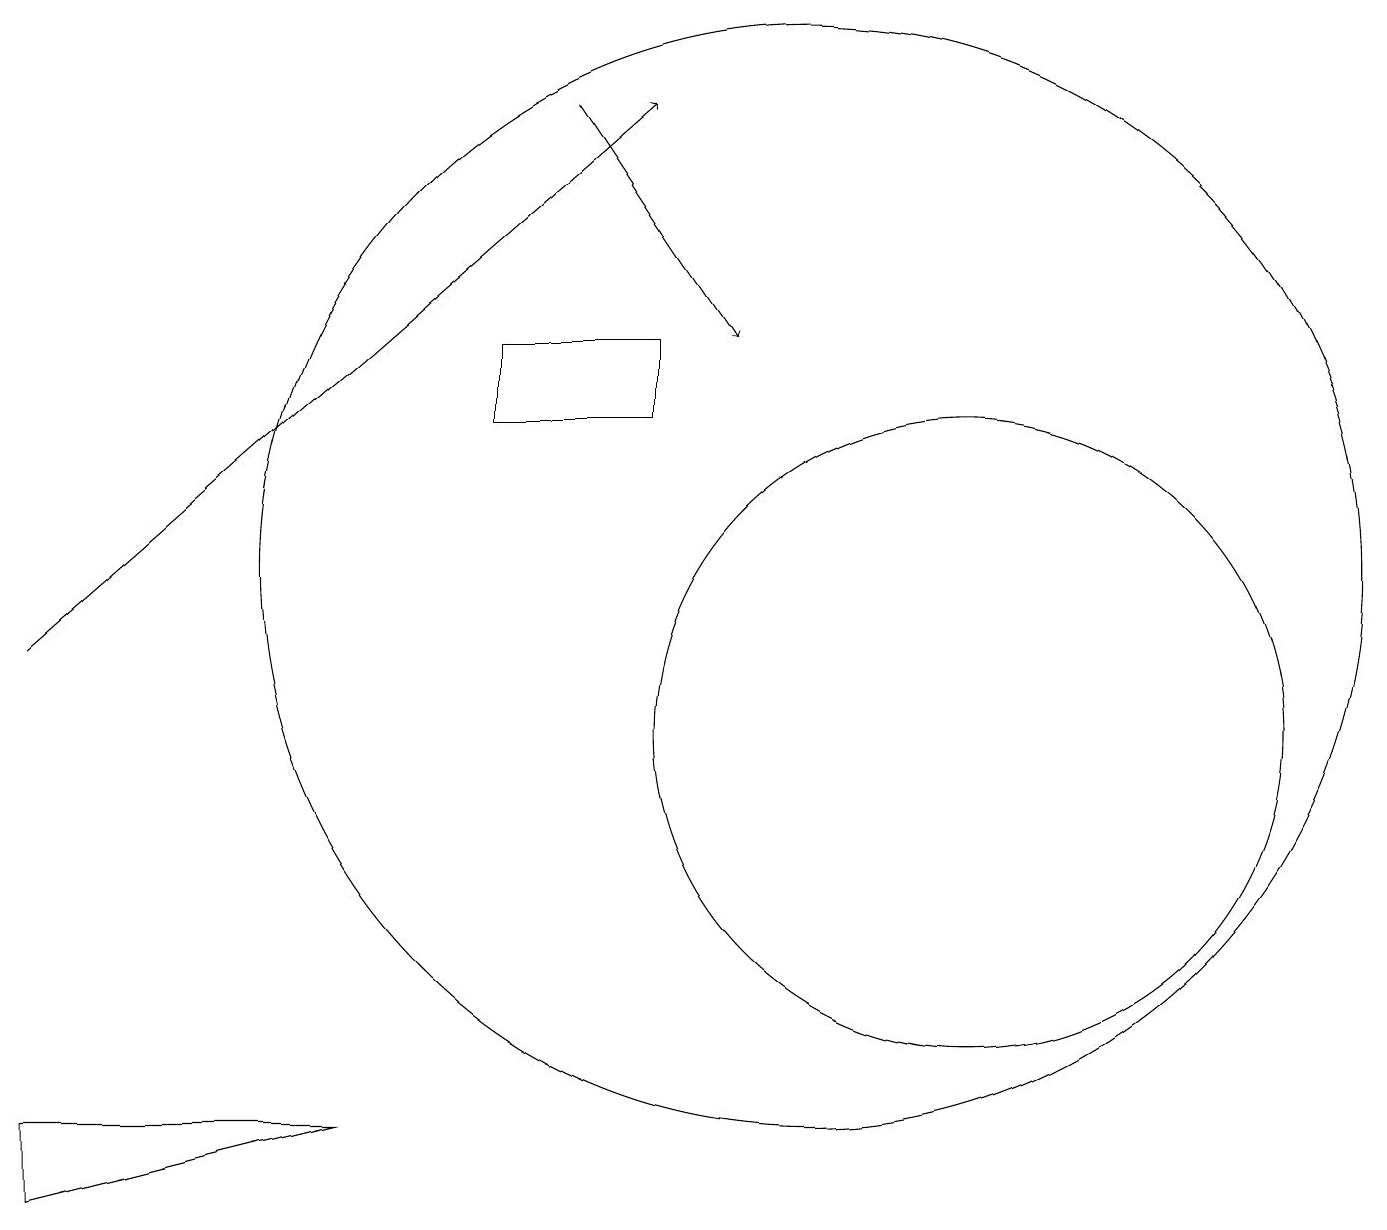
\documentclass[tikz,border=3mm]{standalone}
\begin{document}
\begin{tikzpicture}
\draw (0,4) -- (4,5) -- (0,5) -- cycle;
\draw (12,10) circle (4);
\draw (6,15) rectangle (8,14);
\draw[->] (7,18) -- (9,15);
\draw (10,12) circle (7);
\draw[->] (0,11) -- (8,18);
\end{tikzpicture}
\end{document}